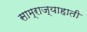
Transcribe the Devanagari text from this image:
साम्राज्याहाती